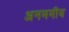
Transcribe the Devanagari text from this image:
अनममीय